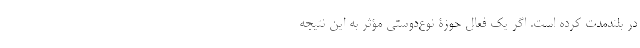
در بلندمدت کرده‌ است. اگر یک فعال حوزۀ نوع‌دوستی مؤثر‌ به این نتیجه